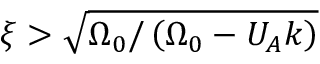
\xi > \sqrt { \Omega _ { 0 } / \left( \Omega _ { 0 } - U _ { A } k \right) }